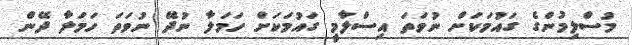
މުސްލިމުންގެ ގައުމަކަށް ނުވަތަ އިސްލާމީ ގައުމަކަށް ހަމަލާ ނުދޭ ނުވަތަ ހަމަލާ ދޭން